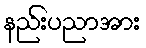
နည်းပညာအား